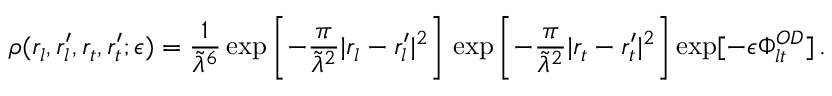
\rho ( r _ { l } , r _ { l } ^ { \prime } , r _ { t } , r _ { t } ^ { \prime } ; \epsilon ) = \frac { 1 } { \tilde { \lambda } ^ { 6 } } \exp \left[ - \frac { \pi } { \tilde { \lambda } ^ { 2 } } | r _ { l } - r _ { l } ^ { \prime } | ^ { 2 } \right] \, \exp \left[ - \frac { \pi } { \tilde { \lambda } ^ { 2 } } | r _ { t } - r _ { t } ^ { \prime } | ^ { 2 } \right] \exp [ - \epsilon \Phi _ { l t } ^ { O D } ] \, .